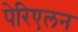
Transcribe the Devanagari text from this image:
पेरिएलन